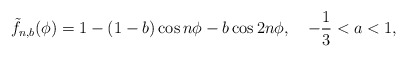
\begin{align*}\tilde{f}_{n,b}(\phi)=1-(1-b)\cos n\phi-b\cos2n\phi,\quad-\frac{1}{3}<a<1, \end{align*}